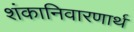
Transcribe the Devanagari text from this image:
शंकानिवारणार्थ